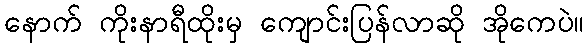
နောက် ကိုးနာရီထိုးမှ ကျောင်းပြန်လာဆို အိုကေပဲ။